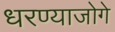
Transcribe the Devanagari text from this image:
धरण्याजोगे